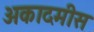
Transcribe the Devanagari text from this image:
अकादमीस